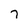
Character: 7